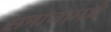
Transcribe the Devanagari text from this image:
समाजामधे